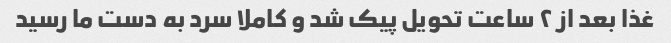
غذا بعد از ۲ ساعت تحویل پیک شد و کاملا سرد به دست ما رسید